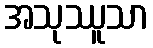
အသုဿူသာ